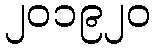
၂၀၁၉၂၀